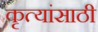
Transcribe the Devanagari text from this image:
कृत्यांसाठी